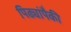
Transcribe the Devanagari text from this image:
पिढ्यांपैकी